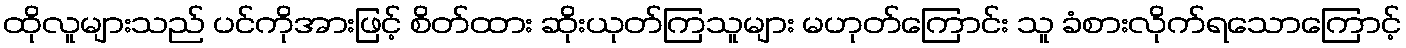
ထိုလူများသည် ပင်ကိုအားဖြင့် စိတ်ထား ဆိုးယုတ်ကြသူများ မဟုတ်ကြောင်း သူ ခံစားလိုက်ရသောကြောင့်